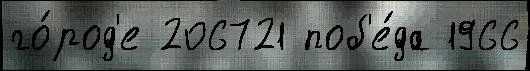
го́род'е 206721 поб'е́да 1966